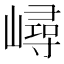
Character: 𡼢